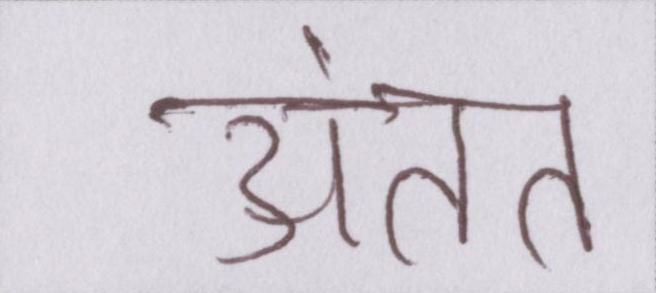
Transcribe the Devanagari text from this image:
अंतत